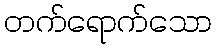
တက်ရောက်သော